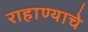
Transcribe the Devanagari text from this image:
राहाण्याचे